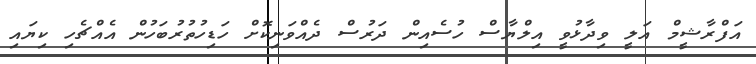
އަފްރާޝީމް އަލީ ވިދާޅުވީ އިލްޔާސް ހުސެއިން ދަރުސް ދެއްވަނިކޮށް ހަޑިހުތުރުބަހުން އެއްޗެހި ކިޔައި